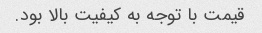
قیمت با توجه به کیفیت بالا بود.